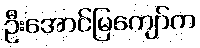
ဦးအောင်မြကျော်က